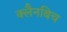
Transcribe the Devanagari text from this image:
क्लैनबिच